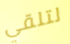
لتلقي